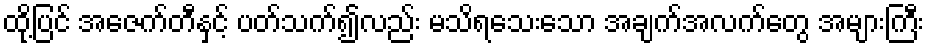
ထို့ပြင် အေဇက်တီနှင့် ပတ်သက်၍လည်း မသိရသေးသော အချက်အလက်တွေ အများကြီး